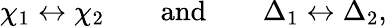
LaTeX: \chi_{1}\leftrightarrow\chi_{2}\qquad\mathrm{and}\qquad\Delta_{1}\leftrightarrow\Delta_{2},